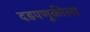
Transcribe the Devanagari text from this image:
दडपणूकीला